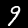
Label: 9